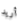
أريد